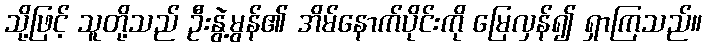
သို့ဖြင့် သူတို့သည် ဦးနွဲ့မွန်၏ အိမ်နောက်ပိုင်းကို မြေလှန်၍ ရှာကြသည်။